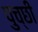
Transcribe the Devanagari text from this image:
पुच्छी